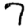
Digit: 7